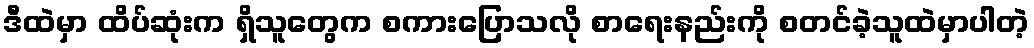
ဒီထဲမှာ ထိပ်ဆုံးက ရှိသူတွေက စကားပြောသလို စာရေးနည်းကို စတင်ခဲ့သူထဲမှာပါတဲ့